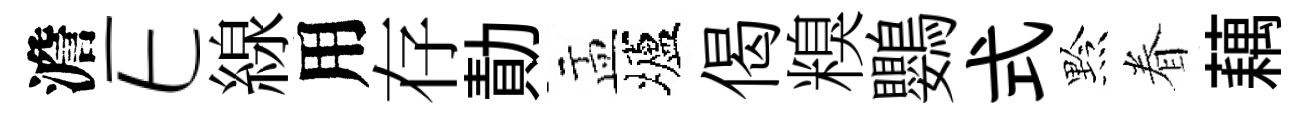
澹E線用存勣盂壚偈糗鸚式黔眷藕